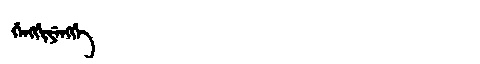
Manchu: ᡤᡝᠩᡤᡳᠶᡝᠩᡤᡝ
Romanization: GENGGIYENGGE